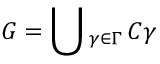
G = \bigcup { } _ { \gamma \in \Gamma } \, C \gamma